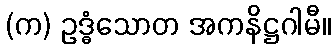
(က) ဥဒ္ဓံသောတ အကနိဋ္ဌဂါမီ။